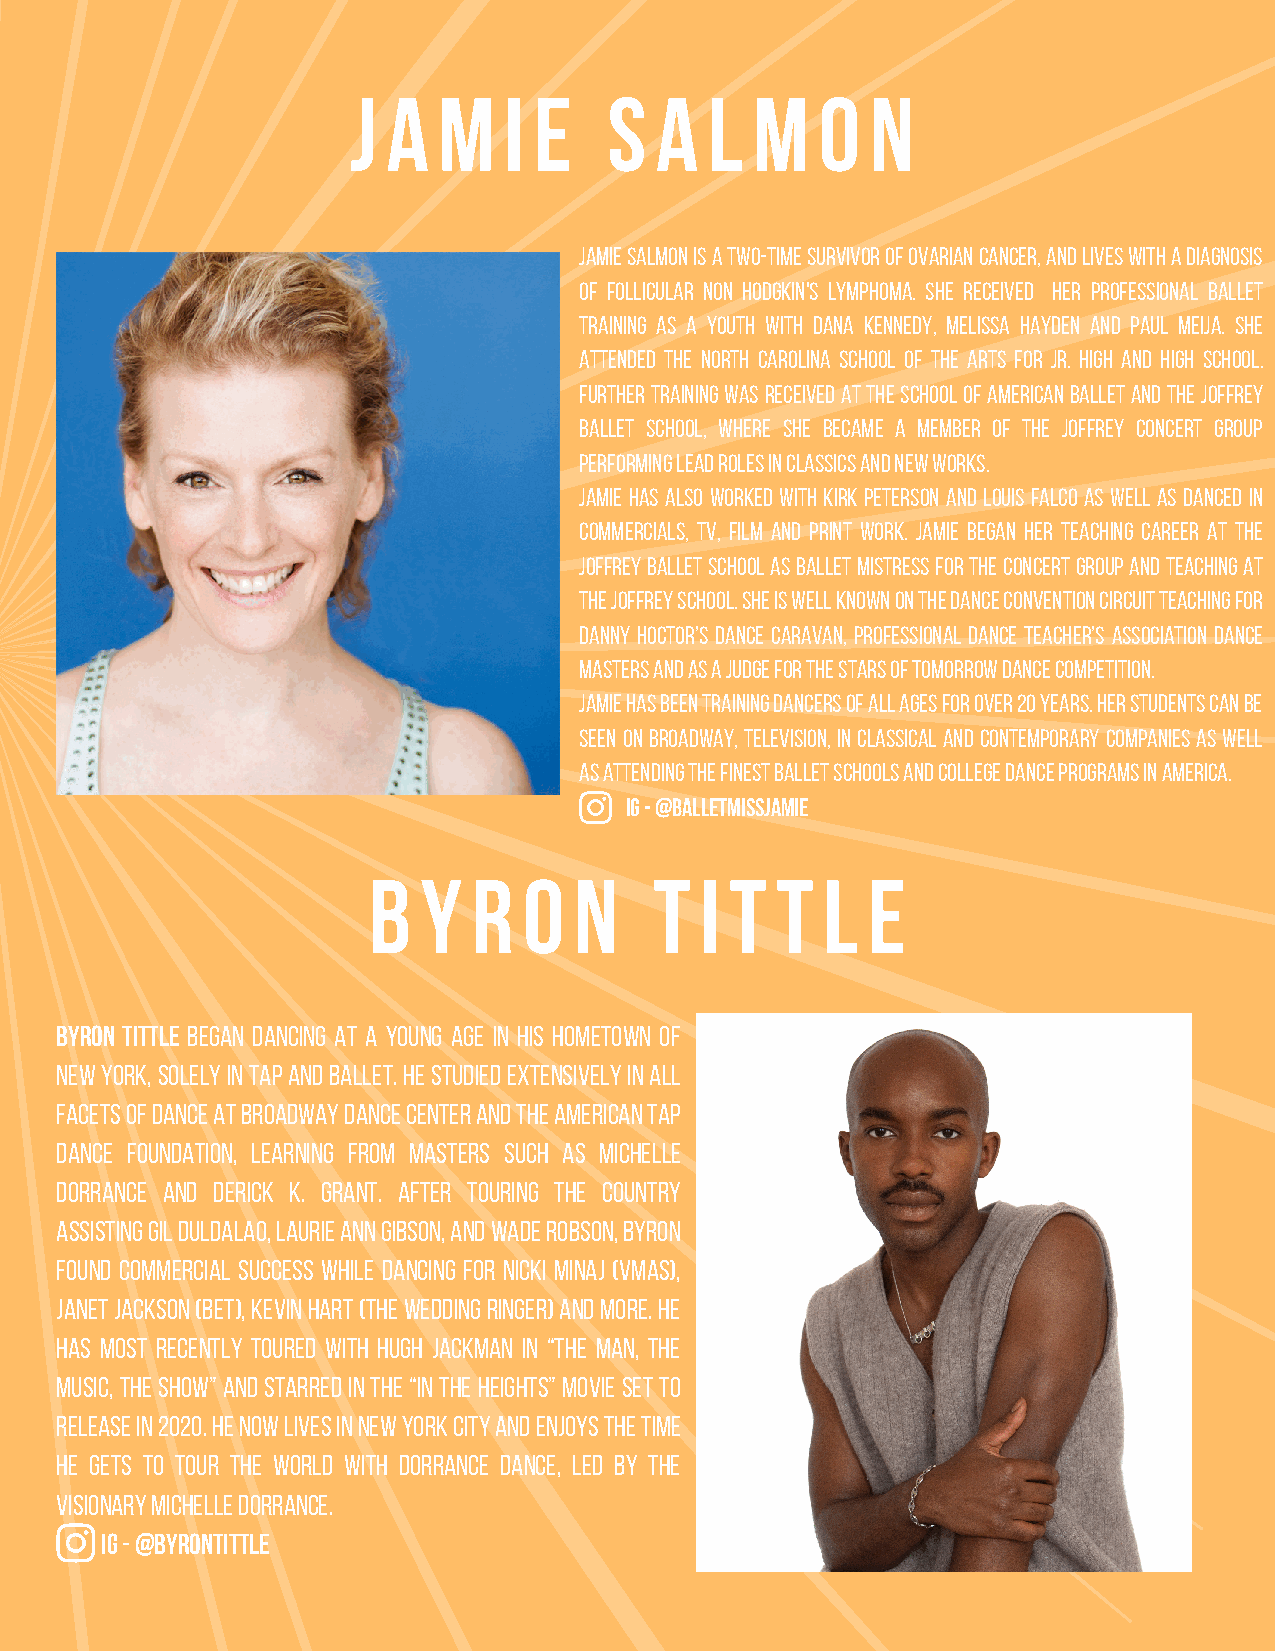
j  a  m   i e    s  a   l  m   o   n
 jamie salmon is a two-time survivor of ovarian cancer, AND LIVES WITH A DIAGNOSIS
 OF follicular non hodgkin's lymphoma. she received her professional ballet
 training as a youth with Dana Kennedy, Melissa Hayden and Paul Meija. She
 attended the North Carolina School of the Arts for Jr. high and high school.
 Further training was received at the School of American Ballet and the Joffrey
 Ballet school, where she became a member of the Joffrey Concert Group
 performing lead roles in classics and new works.
 Jamie has also worked with Kirk Peterson and Louis Falco as well as danced in
 commercials, tv, film and print work. Jamie began her teaching career at the
 Joffrey Ballet school as ballet mistress for the Concert Group and teaching at
 the Joffrey school. She is well known on the Dance Convention circuit teaching for
 Danny Hoctor’s Dance Caravan, Professional Dance Teacher’s Association Dance
 Masters and as a judge for the Stars of Tomorrow Dance Competition.
 Jamie has been training dancers of all ages for over 20 years. Her students can be
 seen on Broadway, television, in classical and contemporary companies as well
 as attending the finest ballet schools and college dance programs in America.
 ig - @balletmissjamie
 b   y  r   o  n    t  i t  t  l  e
 BYRON TITTLE began dancing at a young age in his hometown of
 New York, solely in tap and ballet. He studied extensively in all
 facets of dance at Broadway Dance Center and the American Tap
 Dance Foundation, learning from masters such as Michelle
 Dorrance and Derick K. Grant. After touring the country
 assisting Gil Duldalao, Laurie Ann Gibson, and Wade Robson, Byron
 found commercial success while dancing for Nicki Minaj (VMAs),
 Janet Jackson (BET), Kevin Hart (The Wedding Ringer) and more. He
 has most recently toured with Hugh Jackman in “The Man, The
 Music, The Show” and starred in the “In the Heights” movie set to
 release in 2020. He now lives in New York City and enjoys the time
 he gets to tour the world with Dorrance Dance, led by the
 visionary Michelle Dorrance.
 ig - @byrontittle